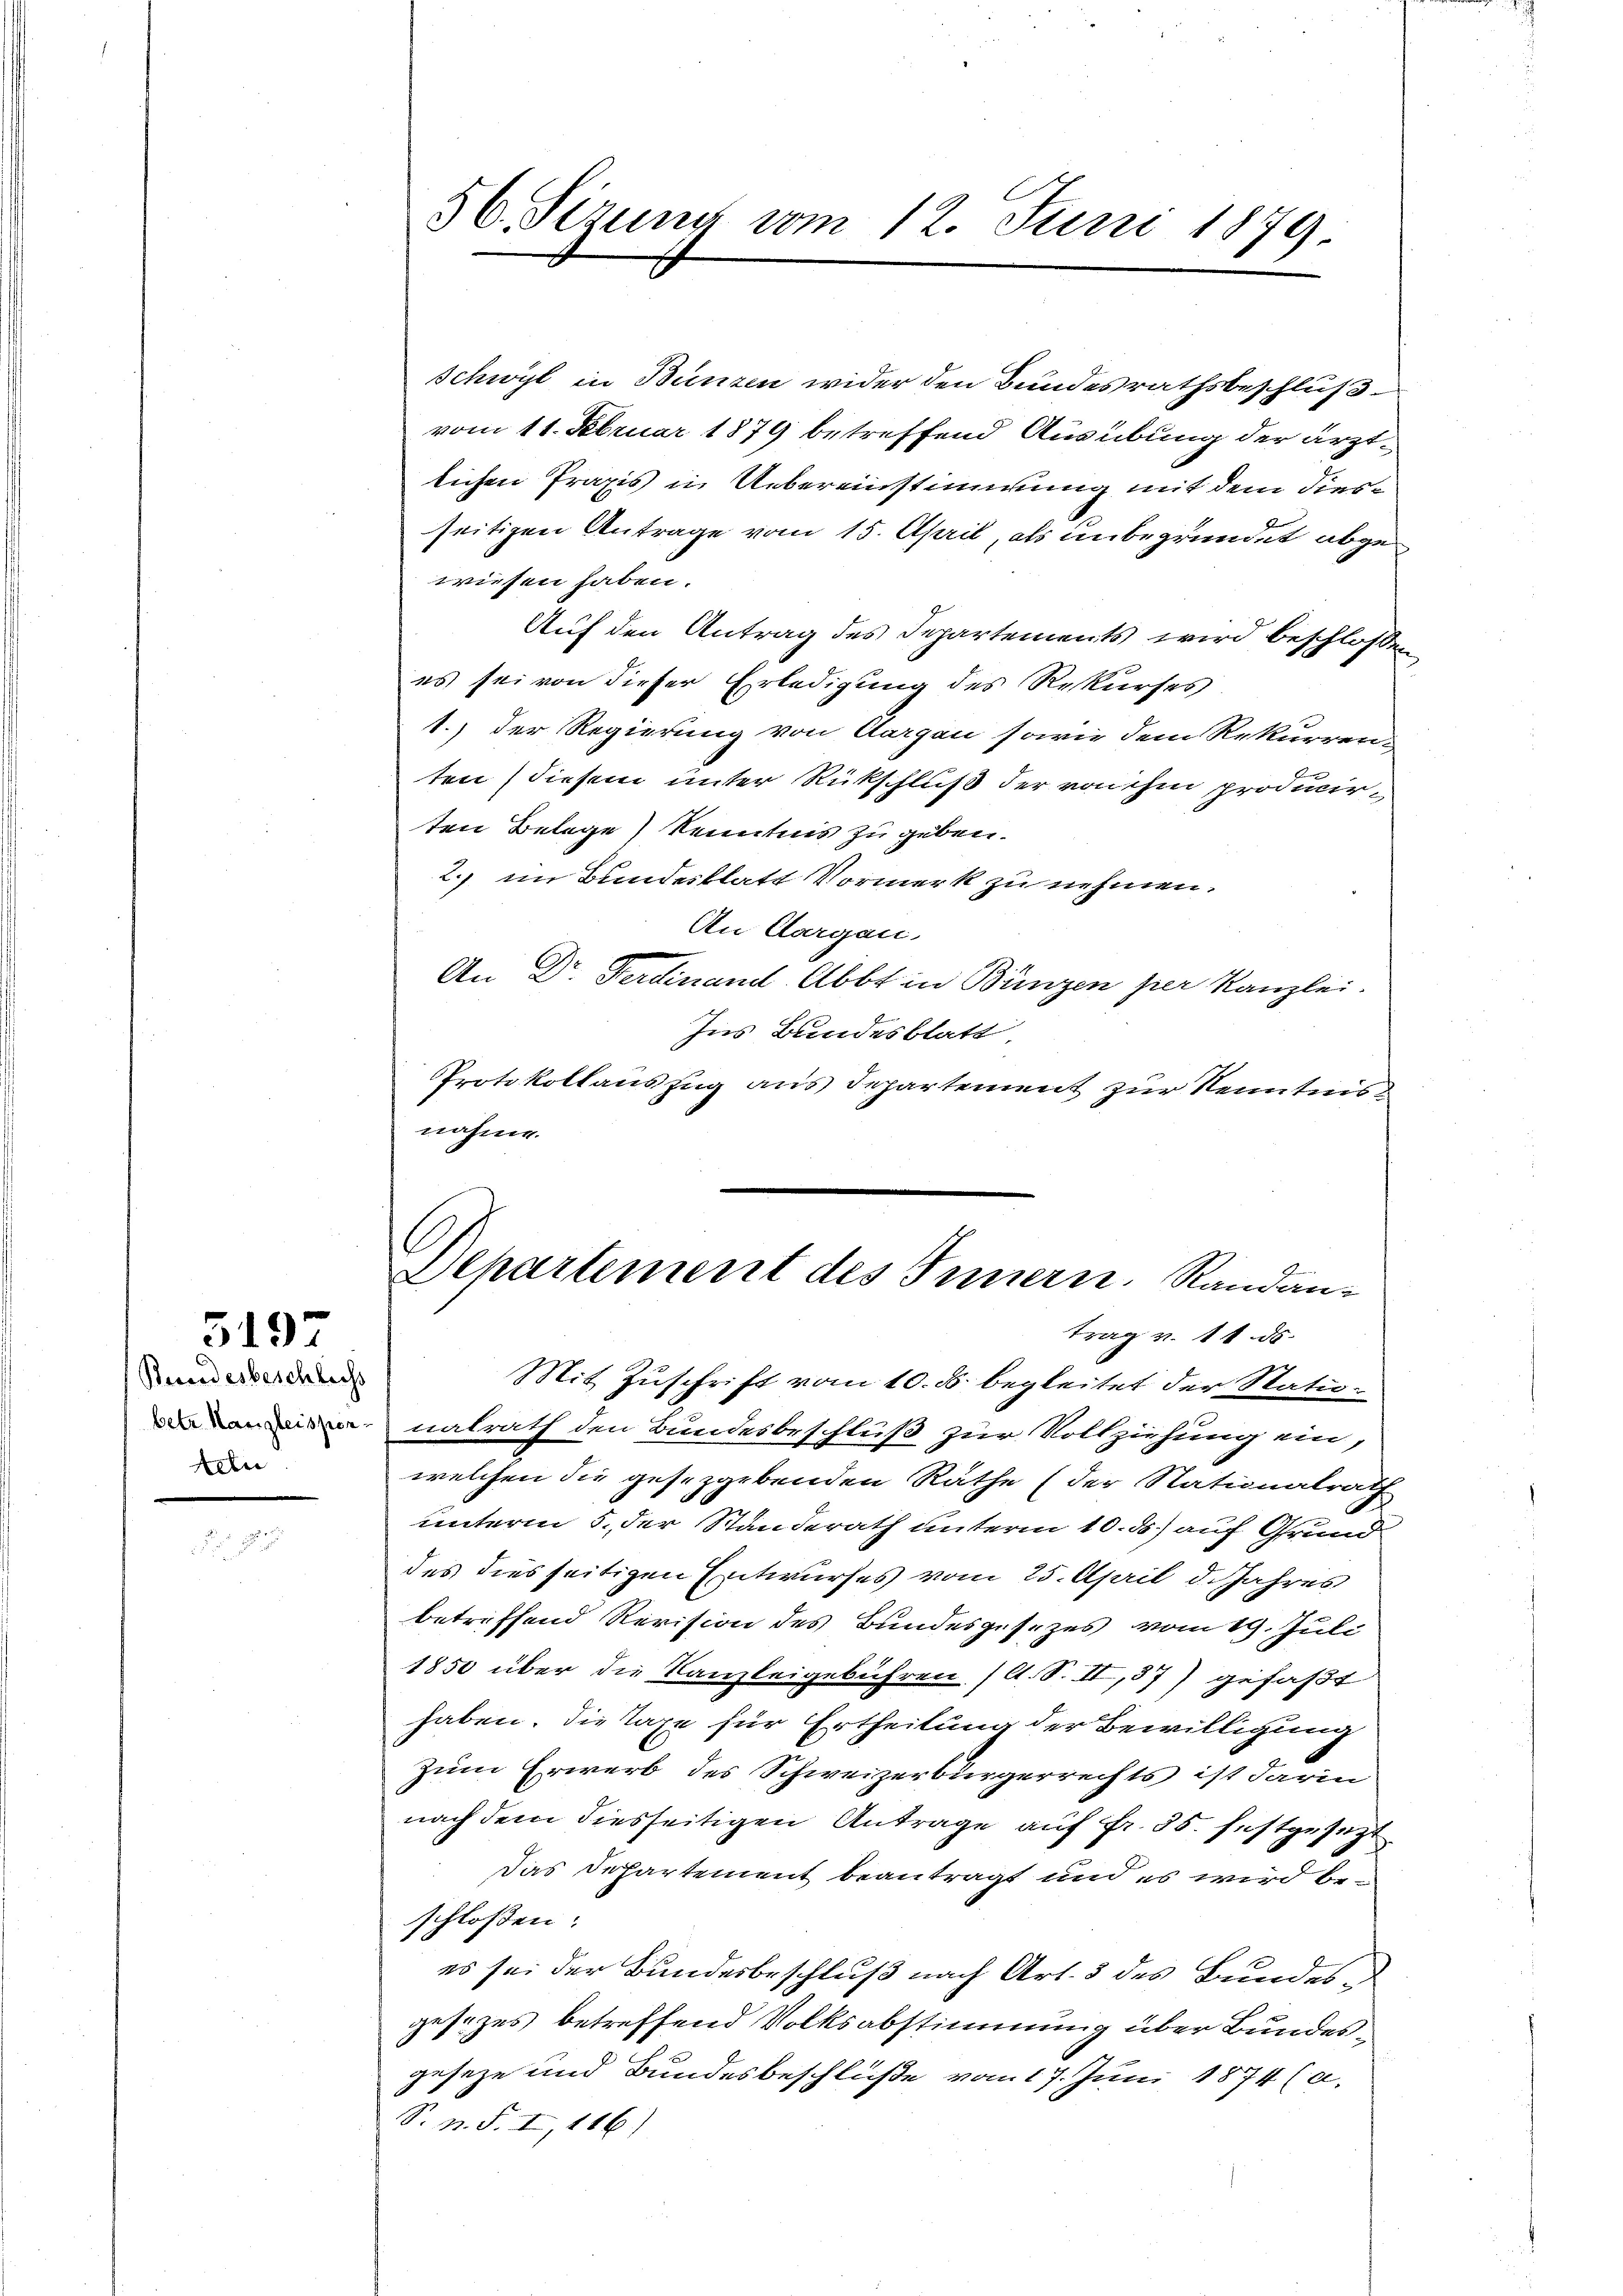
519

Beendesbeschliess
betr. Kanzleissen.
teln

Schwyl in Bunzen wider den Bundesrathsbeschluß
vom 11. Februar 1879 betreffend Ausübung der ärztlichen Praxis in Uebereinstimmung mit dem diesseitigen Antrage vom 15. April, als unbegründet abgewiesen haben.
Auf den Antrag des Departements wird beschlossen
es sei von dieser Erledigung des Rekurses
1.) Der Regierung von Aargau sowie dem Rekurren-
ten diesem unter Rückschluß der von ihm producirten Belege Kenntnis zu geben.
2. im Bundesblatt Vormerk zu nehmen.
An Aargau,
An Dr. Ferdinand. Abbt in Bünzen per Kanzlei-
Ins Bundesblatt
Protokollauszug aus Departement zur Kenntnis
nahme.
Departement des Innern. Randantrag v. 11. ds.
Mit Zuschrift vom 10. ds. begleitet der Stationalrath den Bundesbeschluß zur Vollziehung ein,
welchen die gesezgebenden Räthe (der Nationalrath
unterm 5. der Standerath unterm 10. ds.) auf Grund
des dies seitigen Entwurfes vom 25. April d. Jahres
betreffend Revision des Bundesgesezes vom 19. Juli
1850 über die Kanzleigebühren (lt. S. II,37) gefaßt
haben. Die Taxe für Ertheilung der Bewilligung
Zum Erwerb des Schweizerbürgerrechts ist darin
nach dem diesseitigen Antrage auf Fr. 35. festgesetzt
Das Departement beantragt und es wird beschloßen:
es sei der Bundesbeschluß nach Art. 3 des Bundesgesezes betreffend Volksabstimmung über Bundesgeseze und Bundesbeschluße vom 17. Juni 1874 (a.
S. n. F. I, 116

56. Sizung vom 12. Juni 1879.